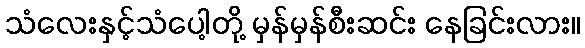
သံလေးနှင့်သံပေါ့တို့ မှန်မှန်စီးဆင်း နေခြင်းလား။